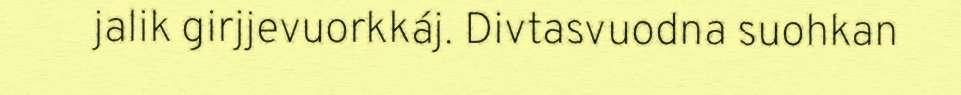
jalik girjjevuorkkáj. Divtasvuodna suohkan